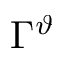
\Gamma ^ { \vartheta }